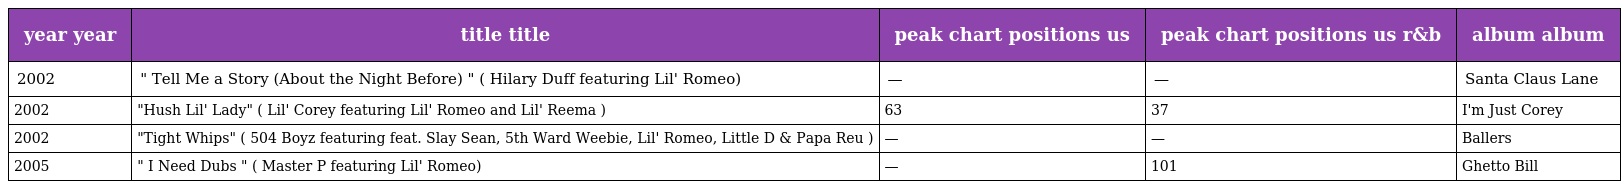
| year year | title title | peak chart positions us | peak chart positions us r&b | album album |
 | --- | --- | --- | --- | --- |
 | 2002 | " Tell Me a Story (About the Night Before) " ( Hilary Duff featuring Lil' Romeo) | — | — | Santa Claus Lane |
 | 2002 | "Hush Lil' Lady" ( Lil' Corey featuring Lil' Romeo and Lil' Reema ) | 63 | 37 | I'm Just Corey |
 | 2002 | "Tight Whips" ( 504 Boyz featuring feat. Slay Sean, 5th Ward Weebie, Lil' Romeo, Little D & Papa Reu ) | — | — | Ballers |
 | 2005 | " I Need Dubs " ( Master P featuring Lil' Romeo) | — | 101 | Ghetto Bill |